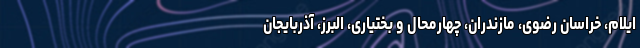
ایلام، خراسان رضوی، مازندران، چهارمحال و بختیاری، البرز، آذربایجان